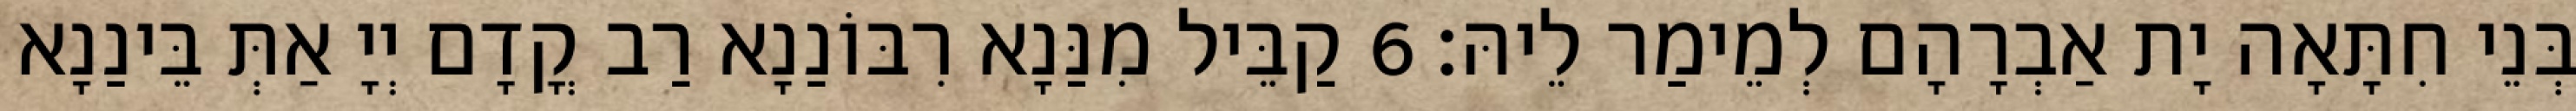
בְּנֵי חִתָּאָה יָת אַבְרָהָם לְמֵימַר לֵיהּ׃ 6 קַבֵּיל מִנַּנָא רִבּוֹנַנָא רַב קֳדָם יְיָ אַתְּ בֵּינַנָא